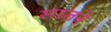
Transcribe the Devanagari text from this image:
सातने